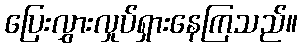
ပြေးလွှားလှုပ်ရှားနေကြသည်။